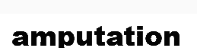
amputation